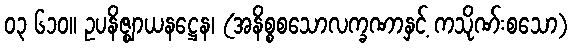
၀၃ ၆၁၀။ ဥပနိဇ္ဈာယနဋ္ဌေန၊ (အနိစ္စစသောလက္ခဏာနှင့် ကသိုဏ်းစသော)